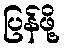
ပြန်ဖို့